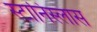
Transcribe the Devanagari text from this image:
स्टानिस्लास